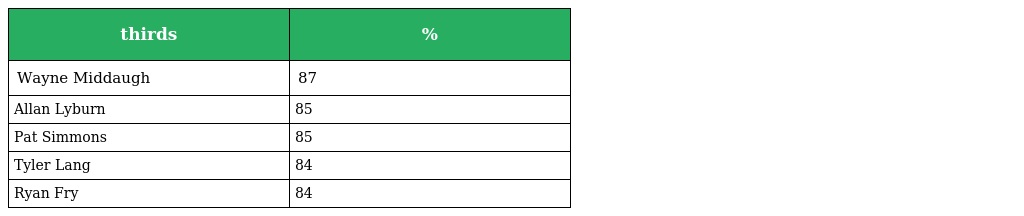
| thirds | % |
 | --- | --- |
 | Wayne Middaugh | 87 |
 | Allan Lyburn | 85 |
 | Pat Simmons | 85 |
 | Tyler Lang | 84 |
 | Ryan Fry | 84 |